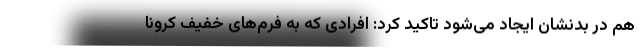
هم در بدنشان ایجاد می‌شود تاکید کرد: افرادی که به فرم‌های خفیف کرونا